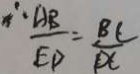
\frac { A B } { E _ { D } } = \frac { B C } { D C }